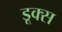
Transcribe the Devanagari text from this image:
डूक्स